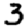
Digit: 3